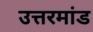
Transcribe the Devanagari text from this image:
उत्तरमांड